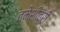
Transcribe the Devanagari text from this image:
तमेशीवरी